Civil Veterinary Dept. Bombay admin report 1932-41 - 1932-1941
Year: 1932
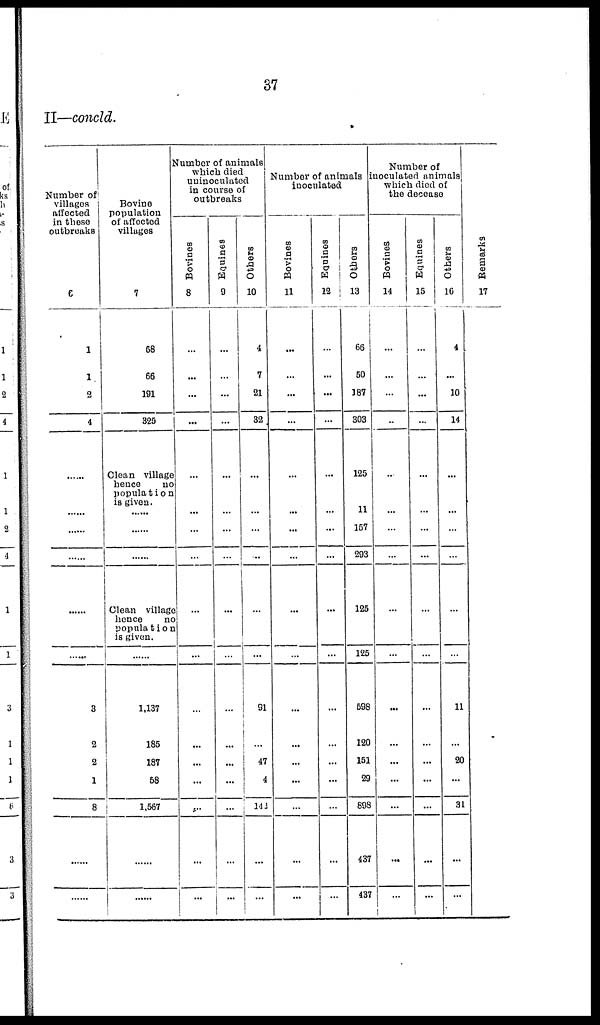
37
II—concld.
Number of
villages
affected
in these
outbreaks
6
1
1
2
4
......
......
......
......
......
......
3
2
2
1
8
......
......
Bovine
population
of affected
villages
7
68
66
191
325
Clean village
hence
no
population
is given.
......
......
......
Clean village
hence
no
population
is given.
......
1,137
185
187
58
1,567
......
......
Number of animals
which died
uninoculated
in course of
outbreaks
Bovines
8
...
...
...
...
...
...
...
...
...
...
...
...
...
...
...
...
...
Equines
9
...
...
...
...
...
...
...
...
...
...
...
...
...
...
...
...
...
Others
10
4
7
21
32
...
...
...
...
...
...
91
...
47
4
143
...
...
Number of animals
inoculated
Bovines
11
...
...
...
...
...
...
...
...
...
...
...
...
...
...
...
...
...
Equines
12
...
...
...
...
...
...
...
...
...
...
...
...
...
...
...
...
...
Others
13
66
50
187
303
125
11
157
293
125
125
598
120
151
29
898
437
437
Number of
inoculated animate
which died of
the decease
Bovines
14
...
...
...
...
...
...
...
...
...
...
...
...
...
...
...
...
...
Equines
15
...
...
...
...
...
...
...
...
...
...
...
...
...
...
...
...
...
Others
16
4
...
10
14
...
...
...
...
...
...
11
...
20
...
31
...
...
Remarks
17